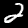
Digit: 2